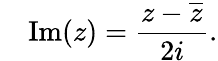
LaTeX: \quad\operatorname{Im}(z)={\frac{z-{\overline{{z}}}}{2i}}.